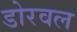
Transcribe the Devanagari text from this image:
डोरवल